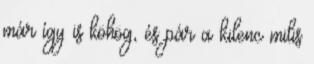
már így is köhög, és pár a kilenc milis